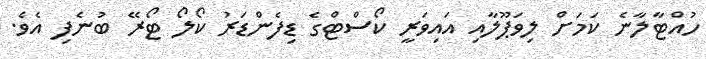
ހުއްޓާލާނެ ކަމަށް ލިވަޕޫލާއި އައިވަރީ ކޯސްޓްގެ ޑިފެންޑަރު ކޯލޯ ޓޯރޭ ބުނެފި އެވެ.